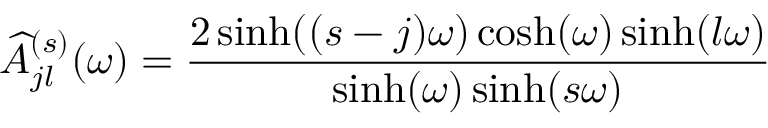
\widehat { A } _ { j l } ^ { ( s ) } ( \omega ) = \frac { 2 \sinh ( ( s - j ) \omega ) \cosh ( \omega ) \sinh ( l \omega ) } { \sinh ( \omega ) \sinh ( s \omega ) }